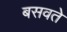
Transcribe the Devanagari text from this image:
बसवते